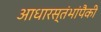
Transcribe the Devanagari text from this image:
आधारस्तंभांपैकी